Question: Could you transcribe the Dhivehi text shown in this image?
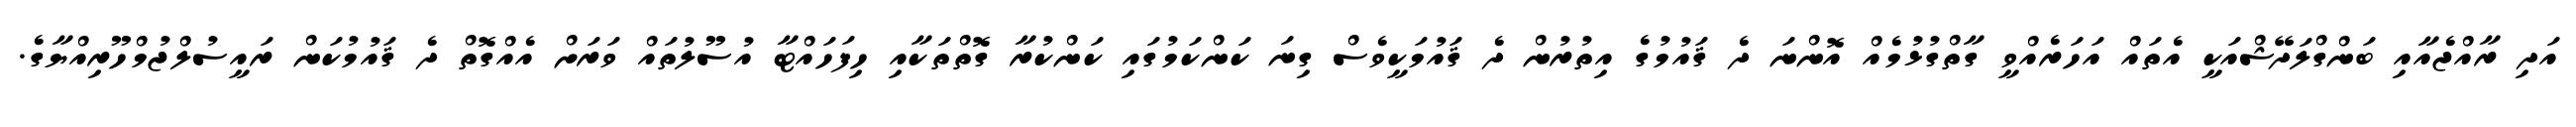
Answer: އަދި ރާއްޖެއާއި ބަންގްލަދޭޝްއަކީ އެތައް އަހަރެއްވީ ގާތްގުޅުމެއް އޮންނަ ދެ ޤައުމުގެ އިތުރުން ދެ ޤައުމަކީވެސް ގިނަ ކަންކަމުގައި ކަންކުރާ ގޮތްތަކާއި ހިފަހައްޓާ އުސޫލުތައް ވަރަށް އެއްގޮތް ދެ ޤައުމުކަން ރައީސުލްޖުމްހޫރިއްޔާގެ.